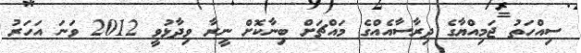
ސިއްހަތު ޖަމިއްޔާގެ ދިރާސާއެއްގެ މައްޗަށް ބިނާކޮށް ނީރާ ވިދާޅުވީ 2012 ވަނަ އަހަރު